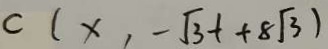
C ( x , - \sqrt { 3 } t + 8 \sqrt { 3 } )